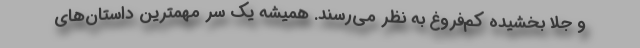
و جلا بخشیده کم‌فروغ به نظر می‌رسند. همیشه یک سر مهمترین داستان‌های